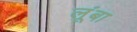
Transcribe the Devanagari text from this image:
लूंबा